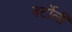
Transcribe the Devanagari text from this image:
बर्टोली